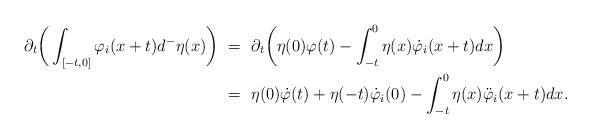
\begin{align*}\partial_t\bigg(\int_{[-t,0]}\varphi_i(x+t)d^-\eta(x)\bigg) \ &= \ \partial_t\bigg(\eta(0)\varphi(t) - \int_{-t}^0\eta(x)\dot\varphi_i(x+t)dx\bigg) \\&= \ \eta(0)\dot\varphi(t) + \eta(-t)\dot\varphi_i(0) - \int_{-t}^0 \eta(x)\ddot\varphi_i(x+t) dx.\end{align*}